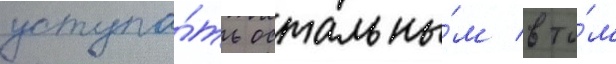
уступа́ть остальны́м в то́м